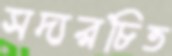
সদ্যরচিত